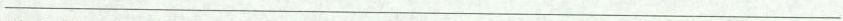
___